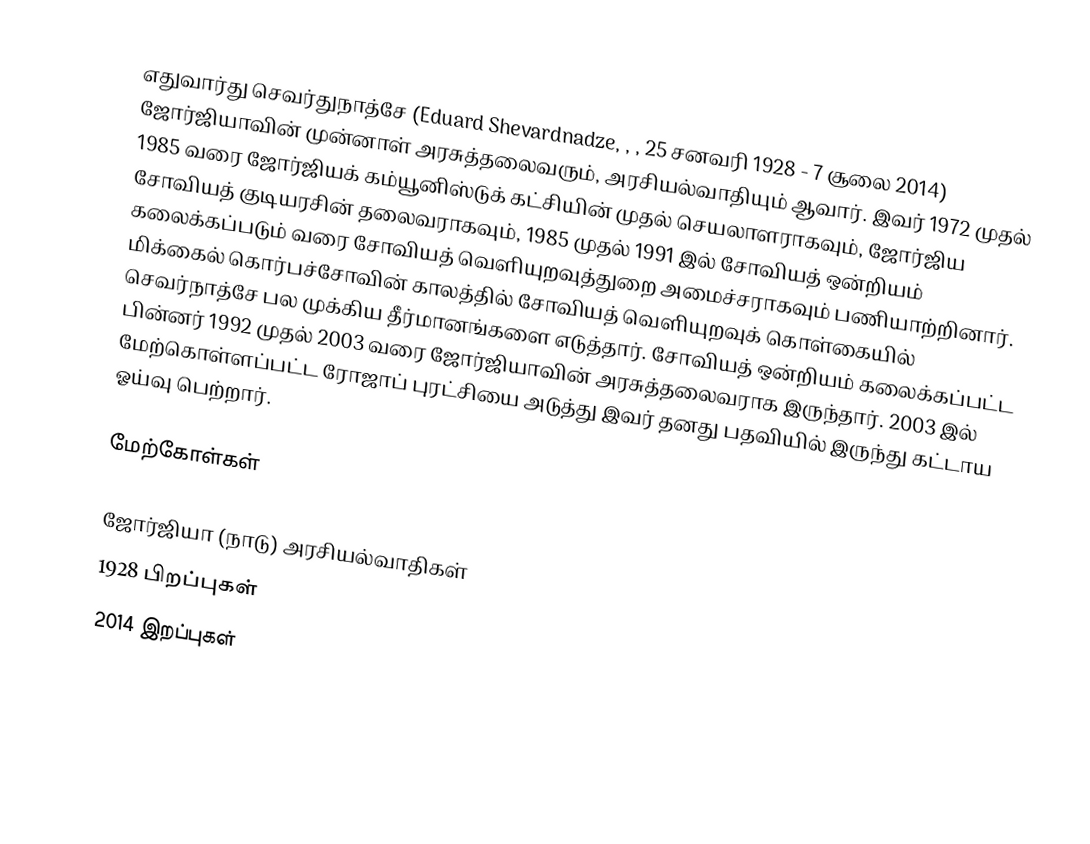
எதுவார்து செவர்துநாத்சே (Eduard Shevardnadze, , , 25 சனவரி 1928 - 7 சூலை 2014) ஜோர்ஜியாவின் முன்னாள் அரசுத்தலைவரும், அரசியல்வாதியும் ஆவார். இவர் 1972 முதல் 1985 வரை ஜோர்ஜியக் கம்யூனிஸ்டுக் கட்சியின் முதல் செயலாளராகவும், ஜோர்ஜிய சோவியத் குடியரசின் தலைவராகவும், 1985 முதல் 1991 இல் சோவியத் ஒன்றியம் கலைக்கப்படும் வரை சோவியத் வெளியுறவுத்துறை அமைச்சராகவும் பணியாற்றினார். மிக்கைல் கொர்பச்சோவின் காலத்தில் சோவியத் வெளியுறவுக் கொள்கையில் செவர்நாத்சே பல முக்கிய தீர்மானங்களை எடுத்தார். சோவியத் ஒன்றியம் கலைக்கப்பட்ட பின்னர் 1992 முதல் 2003 வரை ஜோர்ஜியாவின் அரசுத்தலைவராக இருந்தார். 2003 இல் மேற்கொள்ளப்பட்ட ரோஜாப் புரட்சியை அடுத்து இவர் தனது பதவியில் இருந்து கட்டாய ஓய்வு பெற்றார்.

மேற்கோள்கள்

ஜோர்ஜியா (நாடு) அரசியல்வாதிகள்
1928 பிறப்புகள்
2014 இறப்புகள்